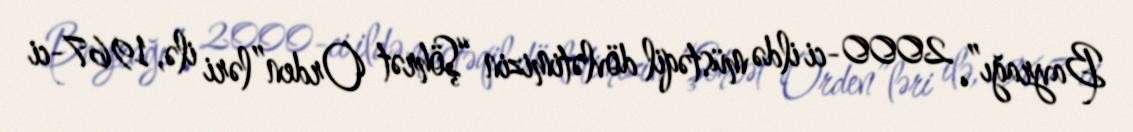
Bayrağı”, 2000-ci ildə müstəqil dövlətimizin “Şöhrət Orden”ləri ilə, 1967-ci